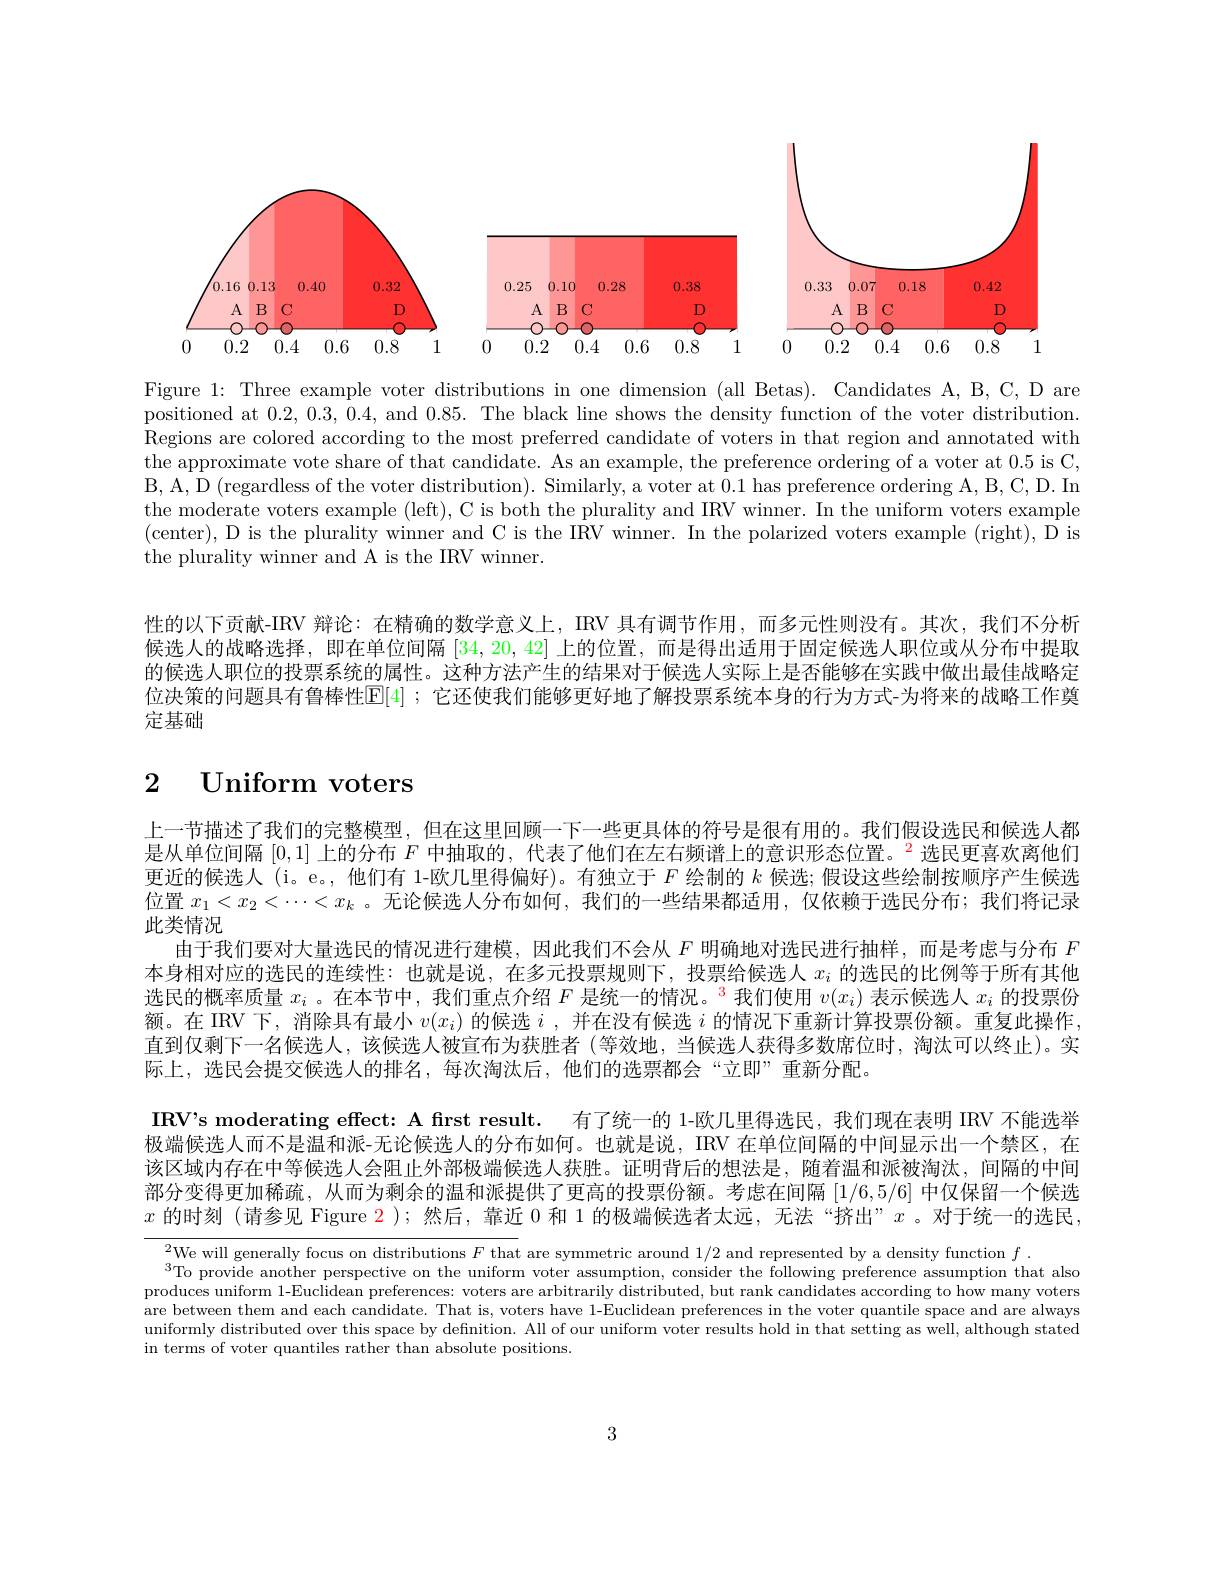
<FigureHere>

Figure 1: Three example voter distributions in one dimension (all Betas). Candidates A, B, C, D are positioned at 0.2,0.3,0.4, and 0.85. The black line shows the density function of the voter distribution. Regions are colored according to the most preferred candidate of voters in that region and annotated with the approximate vote share of that candidate. As an example, the preference ordering of a voter at 0.5 is C, B, A, D (regardless of the voter distribution). Similarly, a voter at 0.1 has preference ordering A, B, C, D. In the moderate voters example (left), C is both the plurality and IRV winner. In the uniform voters example (center), D is the plurality winner and C is the IRV winner. In the polarized voters example (right), D is the plurality winner and A is the IRV winner.

性的以下贡献-IRV 辩论：在精确的数学意义上，IRV 具有调节作用，而多元性则没有。其次，我们不分析候选人的战略选择，即在单位间隔[34,20,42]上的位置，而是得出适用于固定候选人职位或从分布中提取的候选人职位的投票系统的属性。这种方法产生的结果对于候选人实际上是否能够在实践中做出最佳战略定位决策的问题具有鲁棒性$[\mathbb{E}[4]$ ;它还使我们能够更好地了解投票系统本身的行为方式-为将来的战略工作奠定基础

# 2 Uniform voters

上一节描述了我们的完整模型，但在这里回顾一下一些更具体的符号是很有用的。我们假设选民和候选人都是从单位间隔[0,1]上的分布$F$中抽取的，代表了他们在左右频谱上的意识形态位置。$^{2}$选民更喜欢离他们更近的候选人 (i。e。, 他们有 1-欧几里得偏好)。有独立于$F$绘制的$k$候选；假设这些绘制按顺序产生候选位置$x_1<x_2<\cdots<x_k$ 。无论候选人分布如何，我们的一些结果都适用，仅依赖于选民分布；我们将记录此类情况
由于我们要对大量选民的情况进行建模，因此我们不会从$F$明确地对选民进行抽样，而是考虑与分布$F$ 本身相对应的选民的连续性：也就是说，在多元投票规则下，投票给候选人$x_i$的选民的比例等于所有其他选民的概率质量$x_i$ 。在本节中，我们重点介绍$F$是统一的情况。$^\color{red}{3}$我们使用$v(x_i)$表示候选人$x_i$的投票份额。在 IRV 下，消除具有最小$v(x_i)$的候选$i$,并在没有候选$i$的情况下重新计算投票份额。重复此操作， 直到仅剩下一名候选人，该候选人被宣布为获胜者(等效地，当候选人获得多数席位时，淘汰可以终止)。实际上，选民会提交候选人的排名，每次淘汰后，他们的选票都会“立即”重新分配。
IRV's moderating effect: A first result. 有了统一的 1-欧几里得选民，我们现在表明 IRV 不能选举极端候选人而不是温和派-无论候选人的分布如何。也就是说，IRV 在单位间隔的中间显示出一个禁区，在该区域内存在中等候选人会阻止外部极端候选人获胜。证明背后的想法是，随着温和派被淘汰，间隔的中间部分变得更加稀疏，从而为剩余的温和派提供了更高的投票份额。考虑在间隔[1/6,5/6]中仅保留一个候选$x$的时刻 (请参见 Figure 2 ); 然后，靠近 0 和 1 的极端候选者太远，无法 “挤出”$x$。对于统一的选民，

$^{2}$We will generally focus on distributions $F$ that are symmetric around 1/2 and represented by a density function $f.$
To provide another perspective on the uniform voter assumption, consider the following preference assumption that also produces uniform 1-Euclidean preferences: voters are arbitrarily distributed, but rank candidates according to how many voters are between them and each candidate. That is, voters have 1-Euclidean preferences in the voter quantile space and are always uniformly distributed over this space by definition. All of our uniform voter results hold in that setting as well, although stated in terms of voter quantiles rather than absolute positions.

3